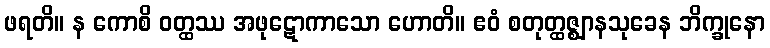
ဖရတိ။ န ကောစိ ဝတ္ထဿ အဖုဋောကာသော ဟောတိ။ ဧဝံ စတုတ္ထဇ္ဈာနသုခေန ဘိက္ခုနော